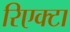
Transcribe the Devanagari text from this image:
रिएक्टा